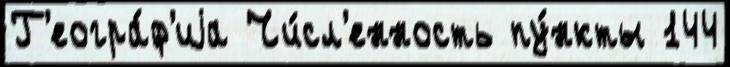
Г'еогра́ф'иjа Чи́сл'енность пу́нкты 144